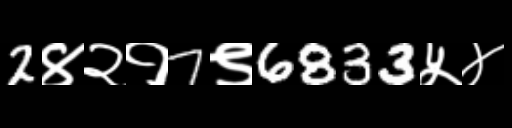
Text: 2४२१7९6833५४